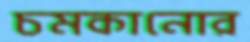
চমকানোর